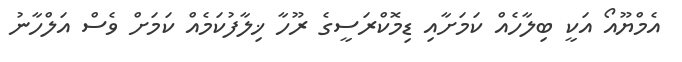
އެމްޔޫއޯ އަކީ ބިލާހެއް ކަމަށާއި ޑިމޮކްރަސީގެ ރޫހާ ޚިލާފުކަމެއް ކަމަށް ވެސް އަލްހާނު